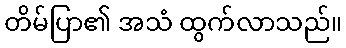
တိမ်ပြာ၏ အသံ ထွက်လာသည်။